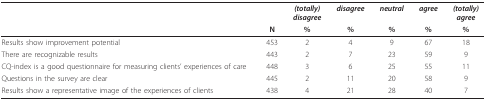
<table><thead><tr><td></td><td></td><td><b><i>(totally)</i><i>disagree</i></b></td><td><b><i>disagree</i></b></td><td><b><i>neutral</i></b></td><td><b><i>agree</i></b></td><td><b><i>(totally)</i><i>agree</i></b></td></tr><tr><td></td><td><b>N</b></td><td><b>%</b></td><td><b>%</b></td><td><b>%</b></td><td><b>%</b></td><td><b>%</b></td></tr></thead><tbody><tr><td>Results show improvement potential</td><td>453</td><td>2</td><td>4</td><td>9</td><td>67</td><td>18</td></tr><tr><td>There are recognizable results</td><td>443</td><td>2</td><td>7</td><td>23</td><td>59</td><td>9</td></tr><tr><td>CQ-index is a good questionnaire for measuring clients&#x27; experiences of care</td><td>448</td><td>3</td><td>6</td><td>25</td><td>55</td><td>11</td></tr><tr><td>Questions in the survey are clear</td><td>445</td><td>2</td><td>11</td><td>20</td><td>58</td><td>9</td></tr><tr><td>Results show a representative image of the experiences of clients</td><td>438</td><td>4</td><td>21</td><td>28</td><td>40</td><td>7</td></tr></tbody></table>